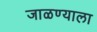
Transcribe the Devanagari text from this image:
जाळण्याला